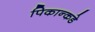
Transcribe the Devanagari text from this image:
पिकान्कडे